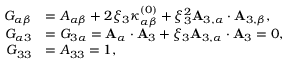
\begin{array} { r l } { { G } _ { \alpha \beta } } & { = { A } _ { \alpha \beta } + 2 \xi _ { 3 } { \kappa } _ { \alpha \beta } ^ { ( 0 ) } + \xi _ { 3 } ^ { 2 } { \bf { A } } _ { 3 , \alpha } \cdot { \bf { A } } _ { 3 , \beta } , } \\ { { G } _ { \alpha 3 } } & { = { G } _ { 3 \alpha } = { \bf { A } } _ { \alpha } \cdot { \bf { A } } _ { 3 } + \xi _ { 3 } { \bf { A } } _ { 3 , \alpha } \cdot { \bf { A } } _ { 3 } = 0 , } \\ { { G } _ { 3 3 } } & { = { A } _ { 3 3 } = 1 , } \end{array}